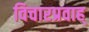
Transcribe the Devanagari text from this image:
विचारप्रवाह्